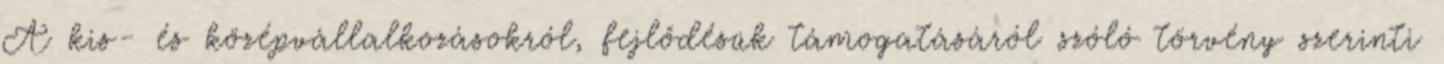
A kis- és középvállalkozásokról, fejlődésük támogatásáról szóló törvény szerinti